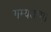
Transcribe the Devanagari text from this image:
गम्यताम्।